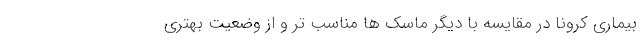
بیماری کرونا در مقایسه با دیگر ماسک ها مناسب تر و از وضعیت بهتری